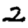
Digit: 2